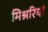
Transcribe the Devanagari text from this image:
मिश्नरियां